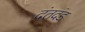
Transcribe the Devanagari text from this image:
दंतदंड